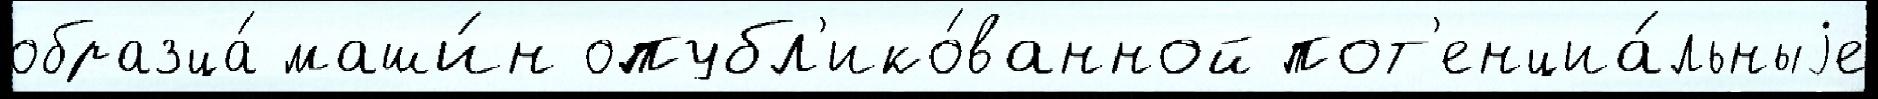
образца́ маши́н опубл'ико́ванной пот'енциа́льныjе